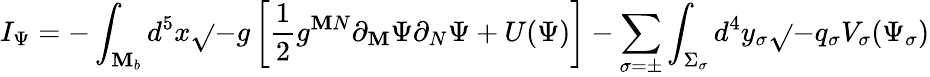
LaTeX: I_{\Psi}=-\int_{{\cal\mathbf{M}}_{b}}d^{5}x\sqrt{}{{-g}}\left[\frac{{1}}{{2}}g^{\mathbf{M}N}\partial_{\mathbf{M}}\Psi\partial_{N}\Psi+U(\Psi)\right]-\sum_{\sigma=\pm}\int_{\Sigma_{\sigma}}d^{4}y_{\sigma}\sqrt{}{{-q_{\sigma}}}V_{\sigma}(\Psi_{\sigma})